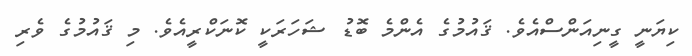
ކިޔަނީ ގީނިއަންސްއެވެ. ޤައުމުގެ އެންމެ ބޮޑު ޝަހަރަކީ ކޮނަކްރީއެވެ. މި ޤައުމުގެ ވެރި